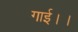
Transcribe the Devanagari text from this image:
गाई।।